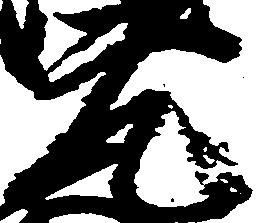
元